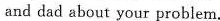
and dad about your problem.